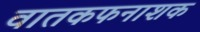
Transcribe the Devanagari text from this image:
वातकफनाशक